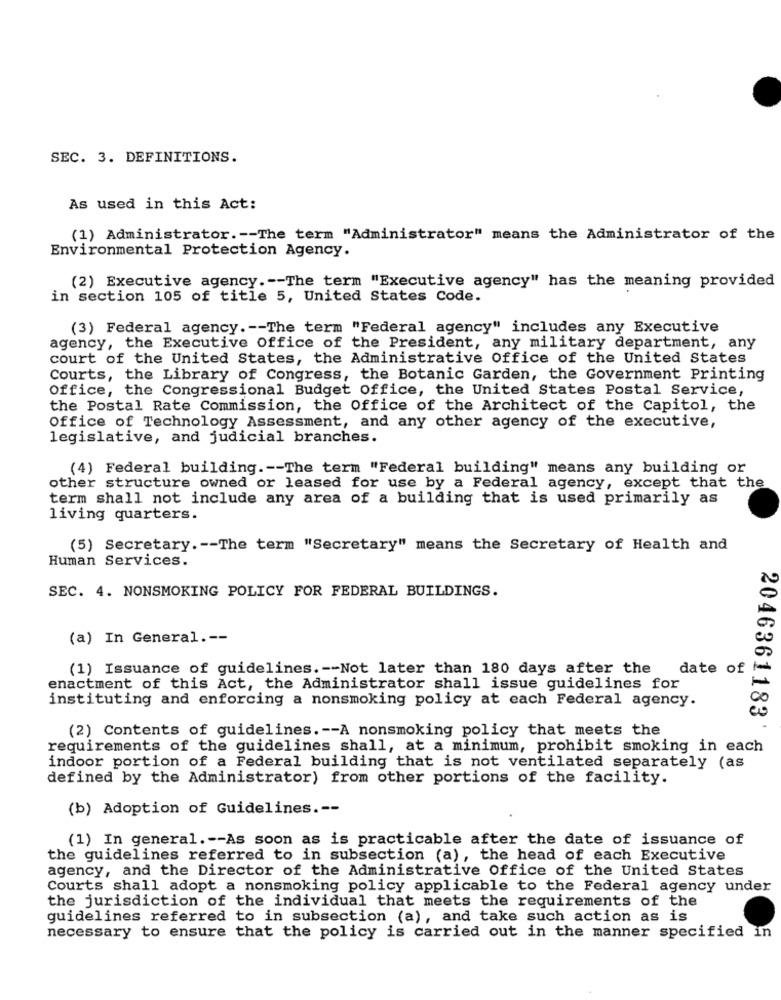
SEC. 3. DEFINITIONS.
As used in this Act:
(1) Administrator .-- The term "Administrator" means the Administrator of the
Environmental Protection Agency.
(2) Executive agency .-- The term "Executive agency" has the meaning provided
in section 105 of title 5, United States Code.
(3) Federal agency .-- The term "Federal agency" includes any Executive
agency, the Executive Office of the President, any military department, any
court of the United States, the Administrative Office of the United States
Courts, the Library of Congress, the Botanic Garden, the Government Printing
Office, the Congressional Budget Office, the United States Postal Service,
the Postal Rate Commission, the Office of the Architect of the Capitol, the
Office of Technology Assessment, and any other agency of the executive,
legislative, and judicial branches.
(4) Federal building .-- The term "Federal building" means any building or
other structure owned or leased for use by a Federal agency, except that the
term shall not include any area of a building that is used primarily as
living quarters.
(5) Secretary .-- The term "Secretary" means the Secretary of Health and
Human Services.
SEC. 4. NONSMOKING POLICY FOR FEDERAL BUILDINGS.
(a) In General .--
(1) Issuance of guidelines .-- Not later than 180 days after the
date of
enactment of this Act, the Administrator shall issue guidelines for
instituting and enforcing a nonsmoking policy at each Federal agency.
2046361183'
(2) Contents of guidelines .-- A nonsmoking policy that meets the
requirements of the guidelines shall, at a minimum, prohibit smoking in each
indoor portion of a Federal building that is not ventilated separately (as
defined by the Administrator) from other portions of the facility.
(b) Adoption of Guidelines .--
(1) In general. -- As soon as is practicable after the date of issuance of
the guidelines referred to in subsection (a), the head of each Executive
agency, and the Director of the Administrative Office of the United States
Courts shall adopt a nonsmoking policy applicable to the Federal agency under
the jurisdiction of the individual that meets the requirements of the
guidelines referred to in subsection (a), and take such action as is
necessary to ensure that the policy is carried out in the manner specified in